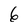
Character: 6